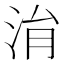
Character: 㳙